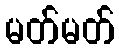
မတ်မတ်